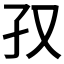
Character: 𫲡